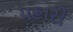
પહારી